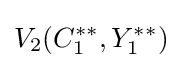
V_{2}(C_{1}^{**},Y_{1}^{**})